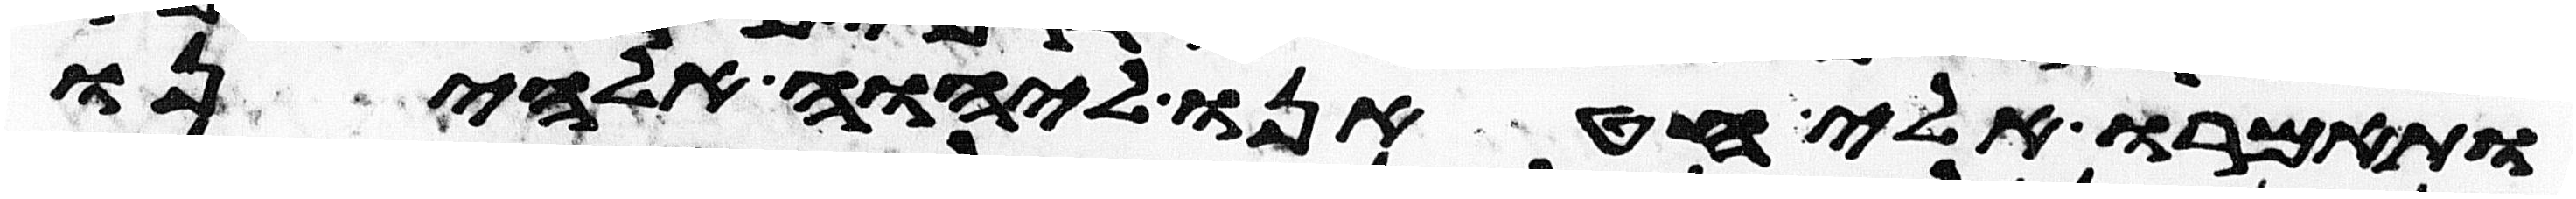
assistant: ותאמרו אלי חטאנו ליהוה אלהינו